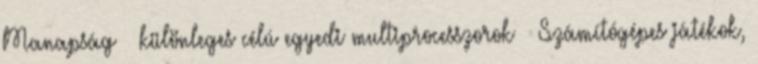
Manapság – különleges célú egyedi multiprocesszorok ● Számítógépes játékok,